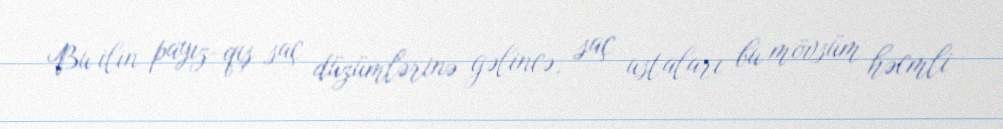
Bu ilin payız-qış saç düzümlərinə gəlincə, saç ustaları bu mövsüm həcmli